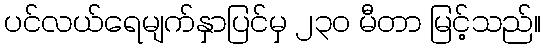
ပင်လယ်ရေမျက်နှာပြင်မှ ၂၃၀ မီတာ မြင့်သည်။